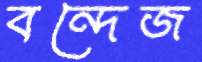
বন্দেজ